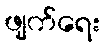
ဖျက်ရေး